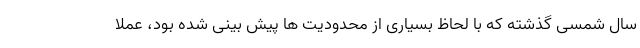
سال شمسی گذشته که با لحاظ بسیاری از محدودیت ها پیش بینی شده بود، عملا